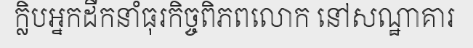
ក្លិបអ្នកដឹកនាំធុរកិច្ចពិភពលោក នៅសណ្ឋាគារ